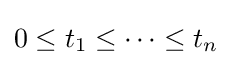
0\leq t_{1}\leq \dots \leq t_{n}